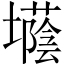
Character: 𡓅